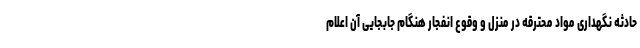
حادثه نگهداری مواد محترقه در منزل و وقوع انفجار هنگام جابجایی آن اعلام